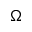
\Omega